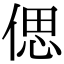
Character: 偲